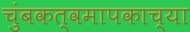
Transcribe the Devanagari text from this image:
चुंबकत्वमापकाच्या